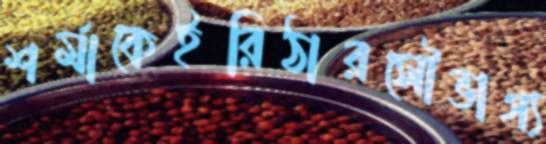
শর্মাকেইরিঠারসৌভাগ্য